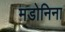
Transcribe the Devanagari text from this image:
मडोनिना